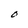
Character: O